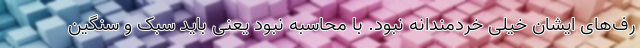
رف‌های ایشان خیلی خردمندانه نبود. با محاسبه نبود یعنی باید سبک و سنگین